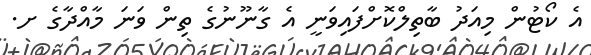
އެ ކޯޓުން މިއަދު ބާތިލްކޮށްފައިވަނީ އެ ގާނޫނުގެ ތިން ވަނަ މާއްދާގެ ށ.